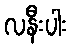
လနီးပါး